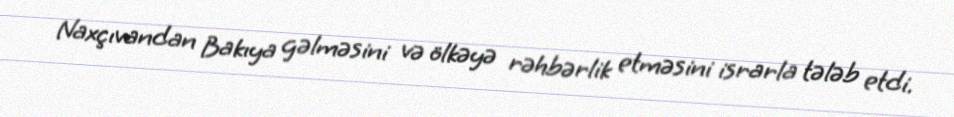
Naxçıvandan Bakıya gəlməsini və ölkəyə rəhbərlik etməsini israrla tələb etdi.